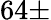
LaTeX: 64\pm